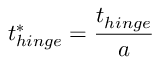
t _ { h i n g e } ^ { * } = \frac { t _ { h i n g e } } { a }